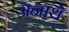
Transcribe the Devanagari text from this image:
अनाथे